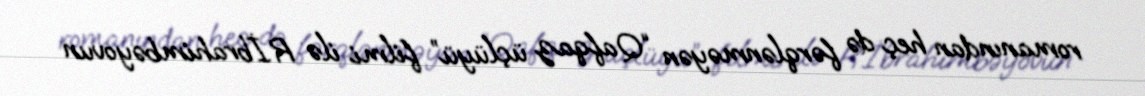
romanından heç də fərqlənməyən “Qafqaz üçlüyü” filmi ilə R.İbrahimbəyovun